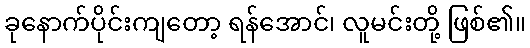
ခုနောက်ပိုင်းကျတော့ ရန်အောင်၊ လူမင်းတို့ ဖြစ်၏။